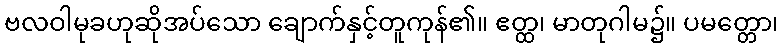
ဗလဝါမုခဟုဆိုအပ်သော ချောက်နှင့်တူကုန်၏။ ဧတ္ထ၊ မာတုဂါမ၌။ ပမတ္တော၊